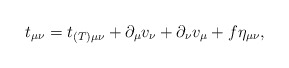
\begin{align*}t_{\mu\nu}=t_{(T)\mu\nu} + \partial_{\mu}v_{\nu}+\partial_{\nu}v_{\mu} + f\eta_{\mu\nu},\end{align*}